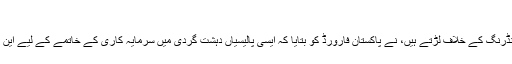
"
رضوان، جو ایف آئی اے کے لیے منی لانڈرنگ کے خلاف لڑتے ہیں، نے پاکستان فارورڈ کو بتایا کہ ایسی پالیسیاں دہشت گردی میں سرمایہ کاری کے خاتمے کے لیے این اے پی کی حکمتِ عملی کا ایک جزو ہیں۔